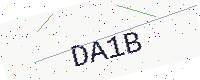
Text: DA1B